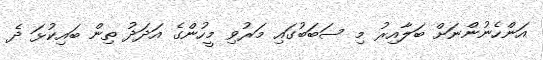
އަންހެނުންނަށް ބަލާއިރު މި ސަބަބުގައި މަރުވި މީހުންގެ އަދަދު ތިން ބައިކުޅަ ދެ